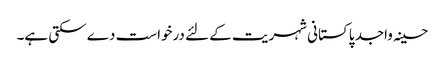
حسینہ واجد پاکستانی شہریت کے لئے درخواست دے سکتی ہے۔